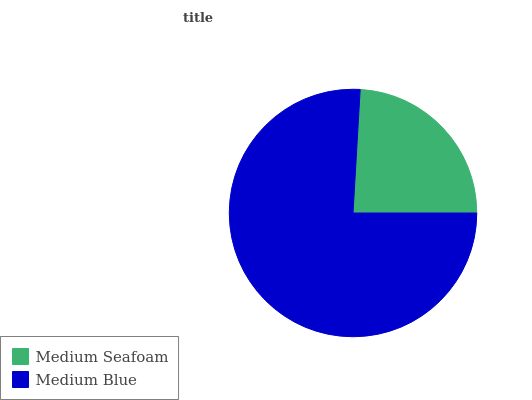
| Medium Seafoam | Medium Blue |
 | --- | --- |
 | 24% | 76% |